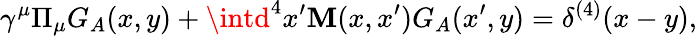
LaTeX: \gamma^{\mu}\Pi_{\mu}G_{A}(x,y)+\intd^{4}x^{\prime}\mathbf{M}(x,x^{\prime})G_{A}(x^{\prime},y)=\delta^{(4)}(x-y),